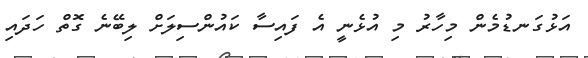
އަޅުގަނޑުމެން މިހާރު މި އުޅެނީ އެ ފައިސާ ކައުންސިލަށް ލިބޭނެ ގޮތް ހަދައި